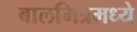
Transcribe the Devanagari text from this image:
बालमित्रमध्ये